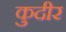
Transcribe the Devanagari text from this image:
कुदीर